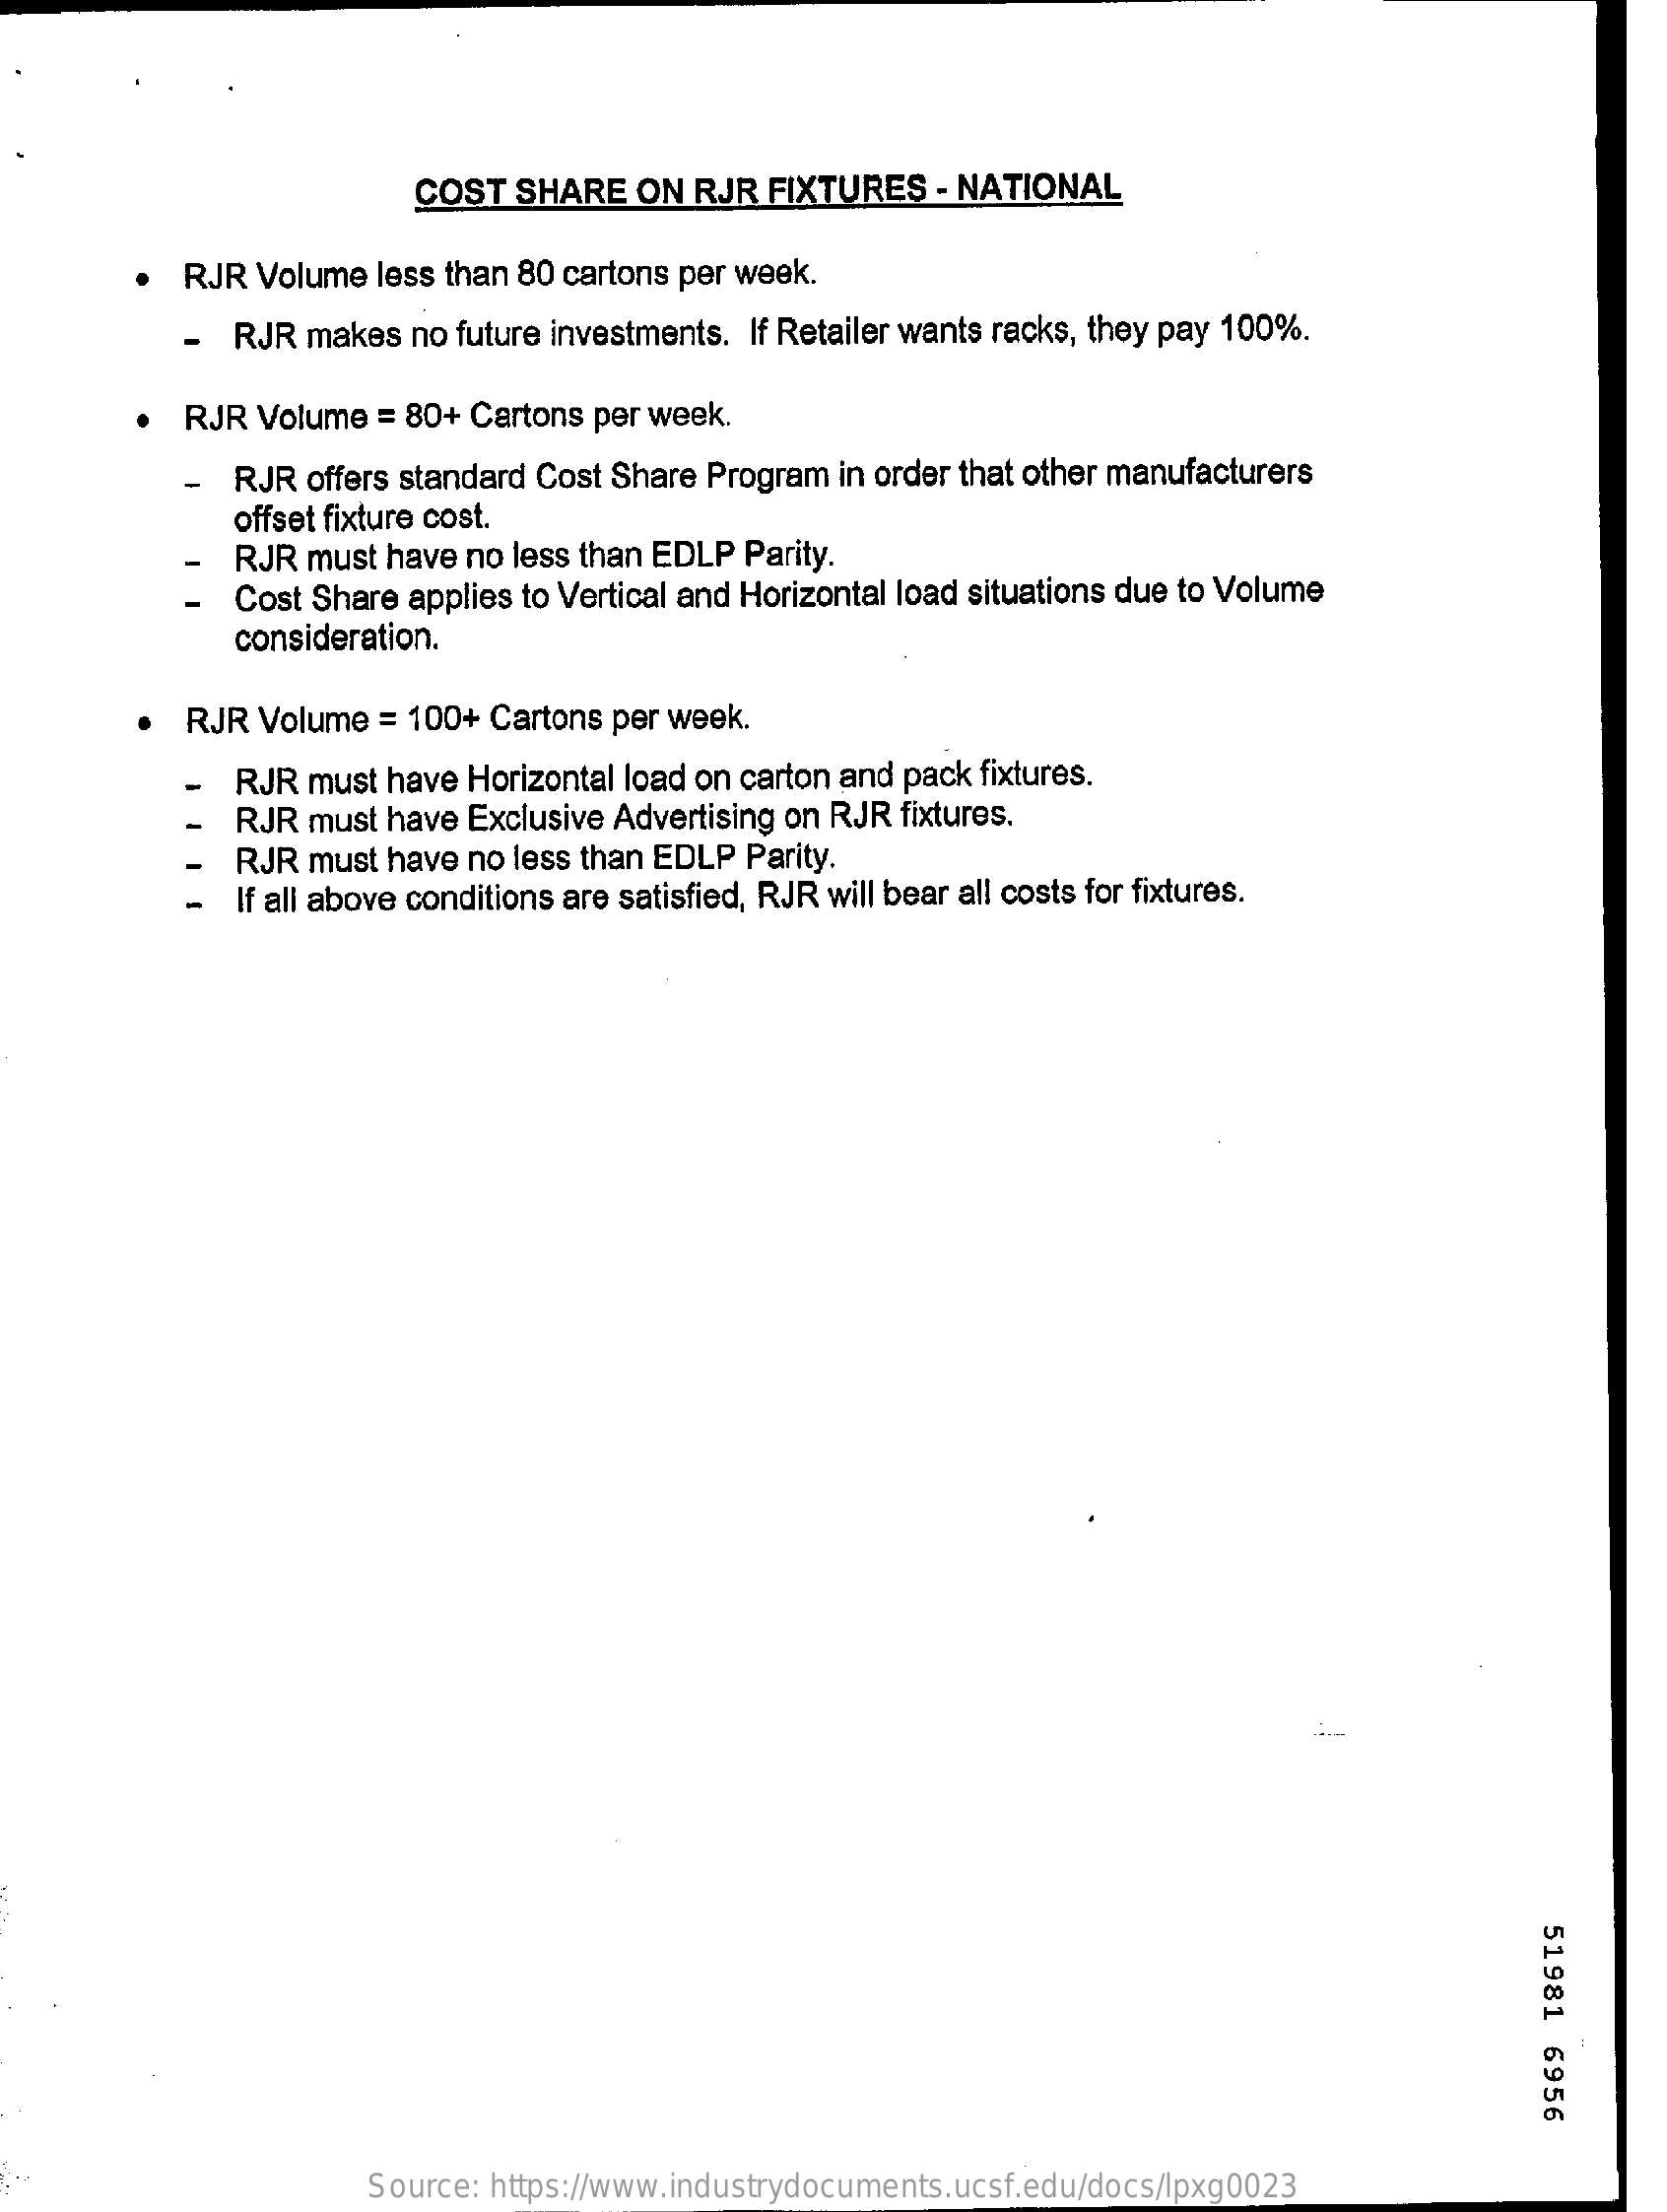
COST  SHARE   ON  RJR FIXTURES   - NATIONAL
     RJR Volume  less than 80 cartons per week.
     RJR makes  no future investments. If Retailer wants racks, they pay 100%.
     RJR Volume  = 80+ Cartons per week.
     -  RJR offers standard Cost Share Program in order that other manufacturers
     offset fixture cost.
     RJR must have no less than EDLP Parity.
     Cost Share applies to Vertical and Horizontal load situations due to Volume
     consideration.
     RJR Volume  = 100+ Cartons per week.
     RJR must have Horizontal load on carton and pack fixtures.
     RJR must have Exclusive Advertising on RJR fixtures.
     RJR must have no less than EDLP Parity.
     If all above conditions are satisfied, RJR will bear all costs for fixtures.
     51981
     6956
     Source: https://www.industrydocuments.ucsf.edu/docs/lpxg0023